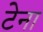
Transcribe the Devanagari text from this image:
टेना